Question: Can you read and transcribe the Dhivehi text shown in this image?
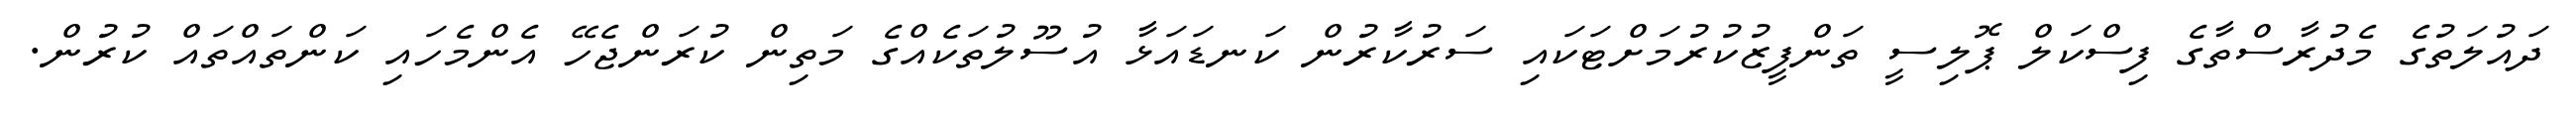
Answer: ދައުލަތުގެ މެދުރާސްތާގެ ފިސްކަލް ޕޮލިސީ ތަންފީޒުކުރުމަށްޓަކައި ސަރުކާރުން ކަނޑައަޅާ އުސޫލުތަކެއްގެ މަތިން ކުރަންޖެހޭ އެންމެހައި ކަންތައްތައް ކުރުން.